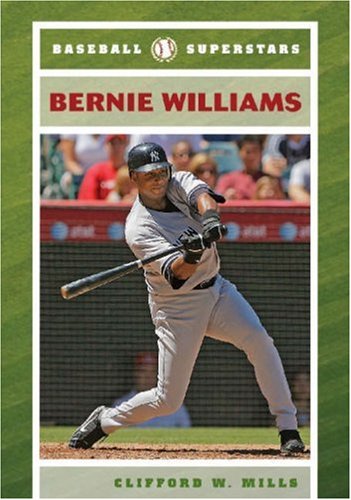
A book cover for Bernie Williams (Baseball Superstars); Clifford W. Mills; Teen & Young Adult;